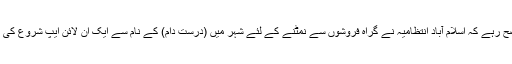
واضح رہے کہ اسلام آباد انتظامیہ نے گراہ فروشوں سے نمٹنے کے لئے شہر میں (درست دام) کے نام سے ایک ان لائن ایپ شروع کی ہے۔